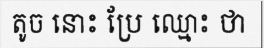
តូច នោះ ប្រែ ឈ្មោះ ថា